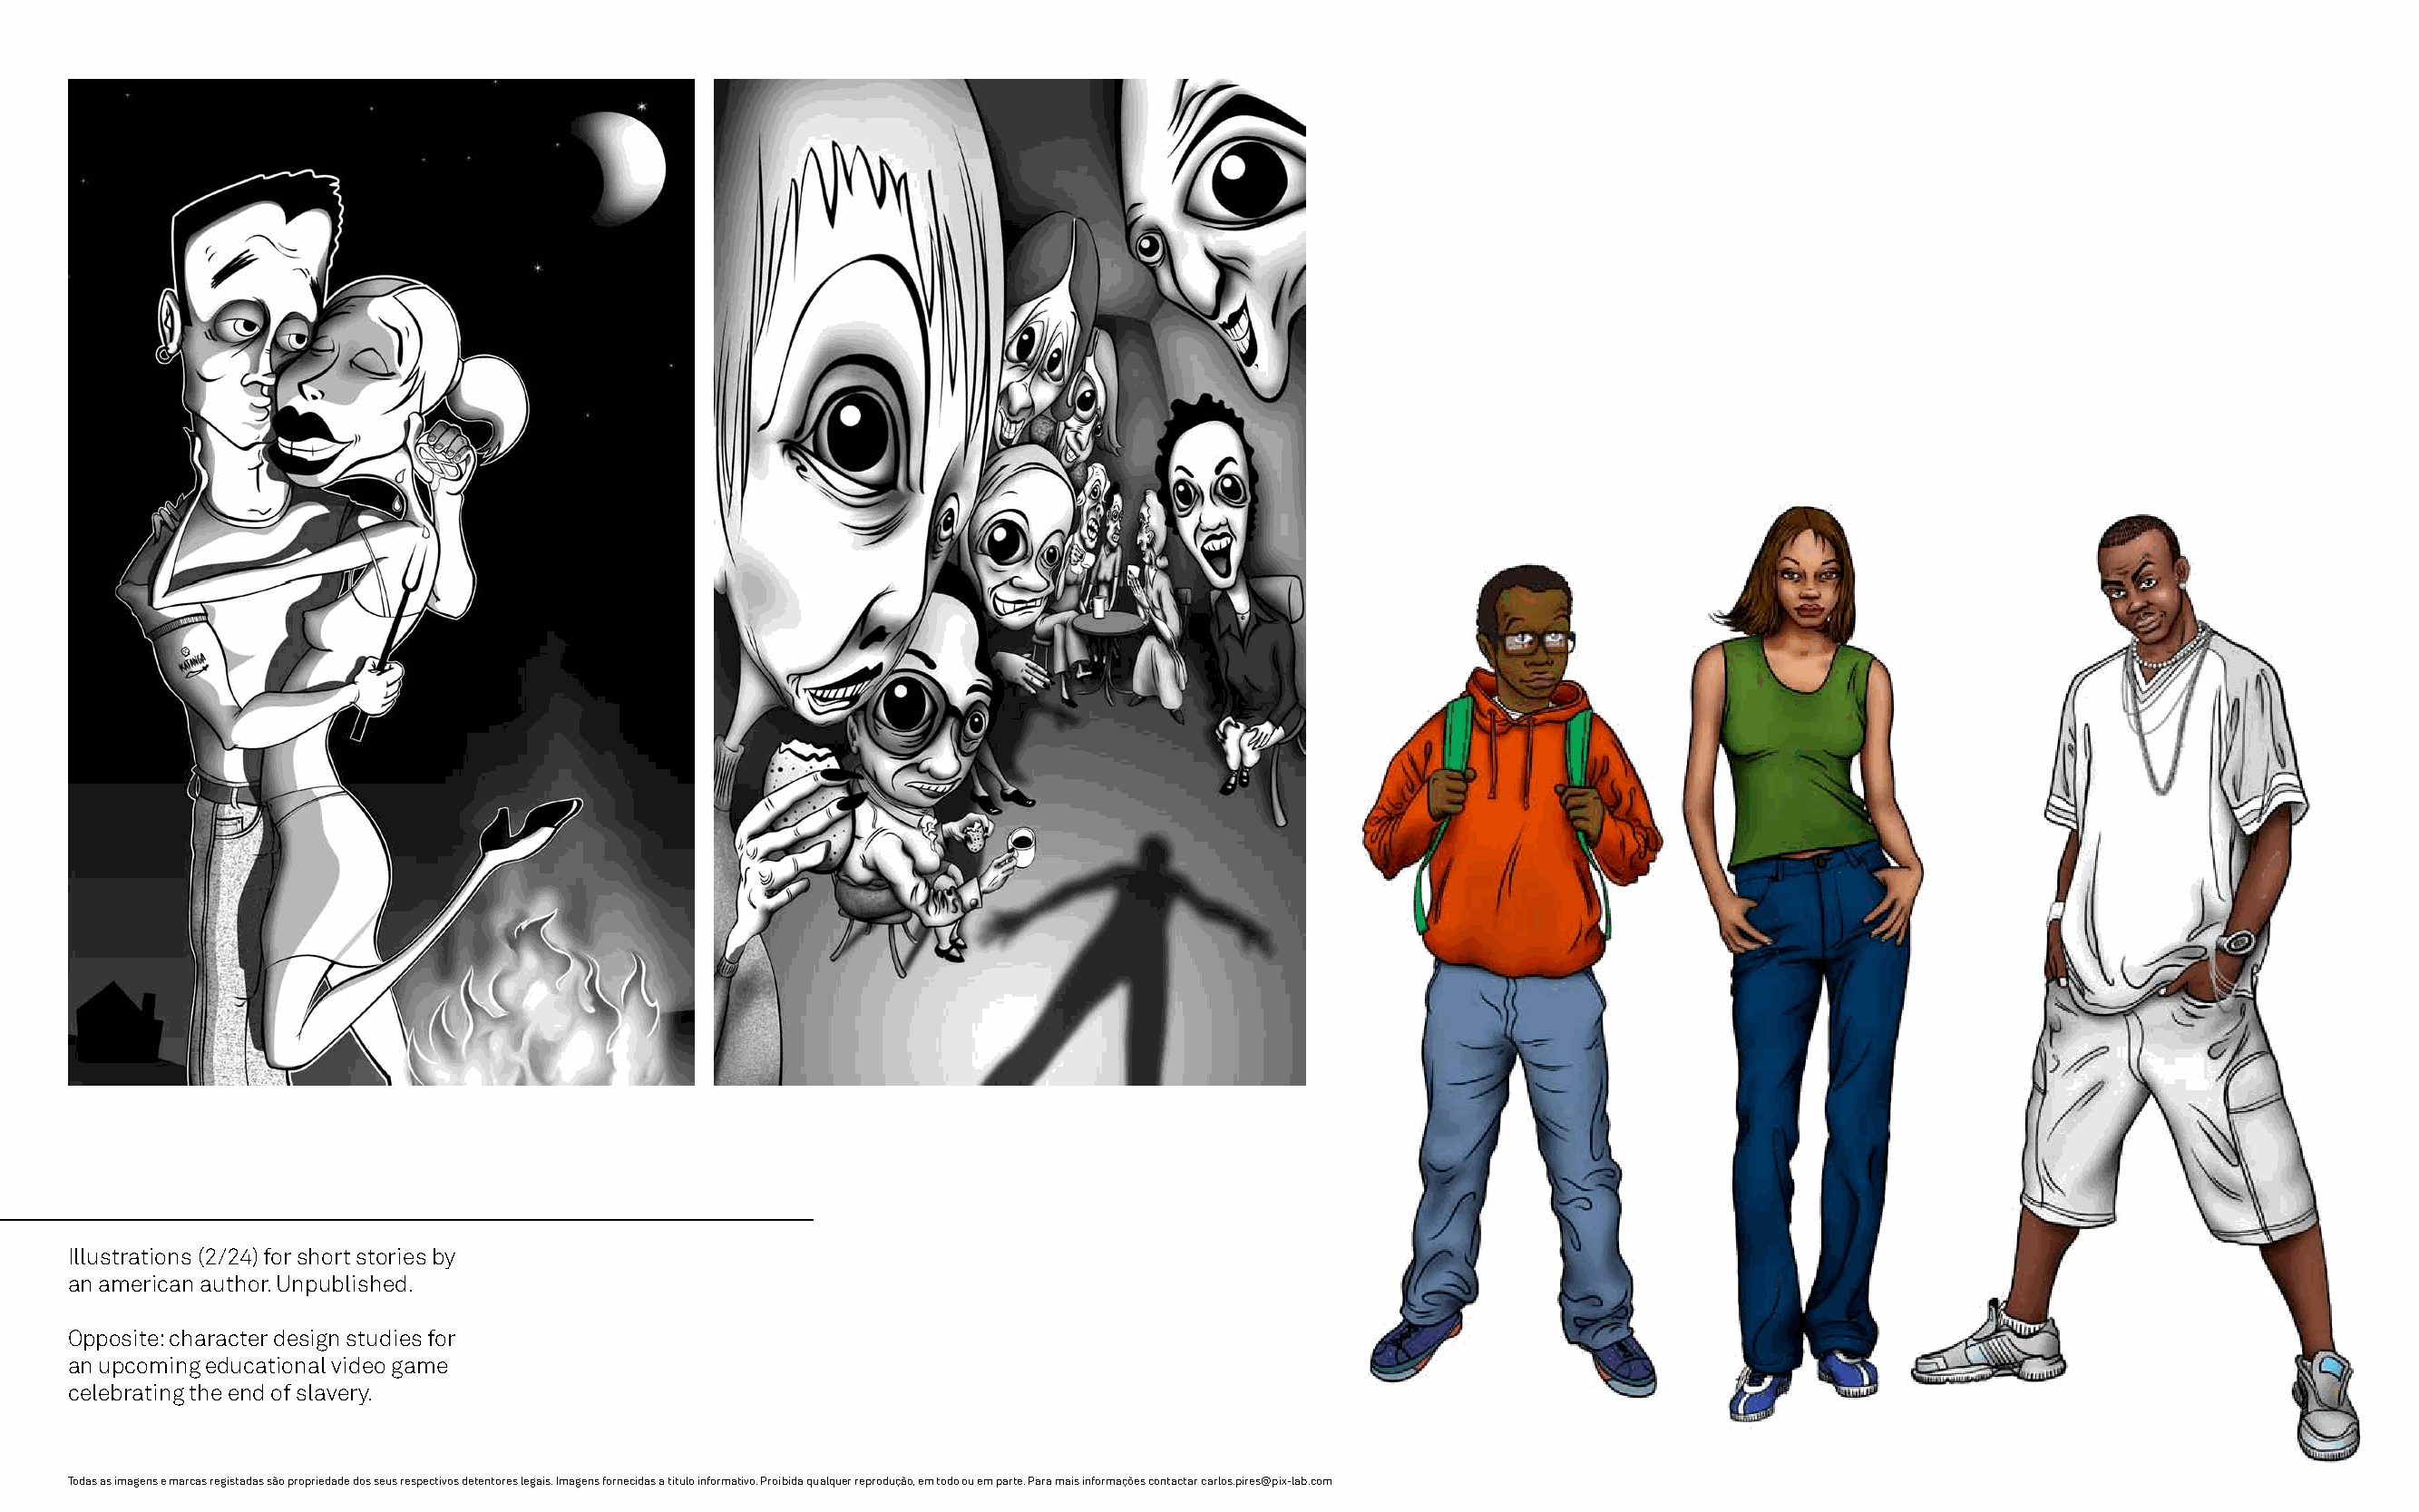
Illustrations (2/24) for short stories by
 an american author. Unpublished.
 Opposite: character design studies for
 an upcoming educational video game
 celebrating the end of slavery.
 Todas as imagens e marcas registadas são propriedade dos seus respectivos detentores legais. Imagens fornecidas a título informativo. Proibida qualquer reprodução, em todo ou em parte. Para mais informações contactar carlos.pires@pix-lab.com